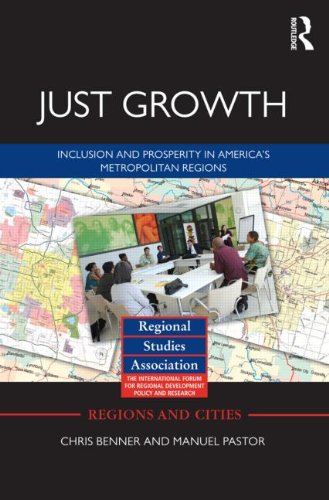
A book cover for Just Growth: Inclusion and Prosperity in America's Metropolitan Regions (Regions and Cities); Chris Benner; Business & Money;